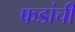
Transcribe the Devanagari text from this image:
फडांची